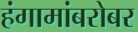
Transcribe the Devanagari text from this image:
हंगामांबरोबर